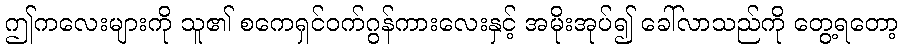
ဤကလေးများကို သူ၏ စကေရှင်ဝက်ဂွန်ကားလေးနှင့် အမိုးအုပ်၍ ခေါ်လာသည်ကို တွေ့ရတော့